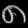
Digit: ၈